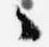
々